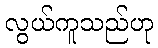
လွယ်ကူသည်ဟု